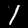
Label: 1